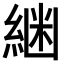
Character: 𮈟